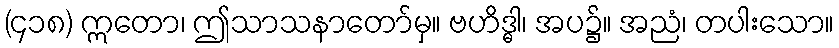
(၄၁၈) ဣတော၊ ဤသာသနာတော်မှ။ ဗဟိဒ္ဓါ၊ အပ၌။ အညံ၊ တပါးသော။